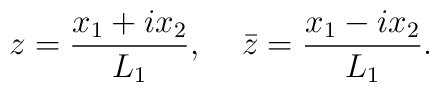
z=\frac{x_1+ix_2}{L_1},\;\;\;\;\bar{z}=\frac{x_1-ix_2}{L_1}.